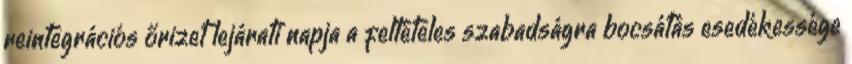
reintegrációs őrizet lejárati napja a feltételes szabadságra bocsátás esedékessége